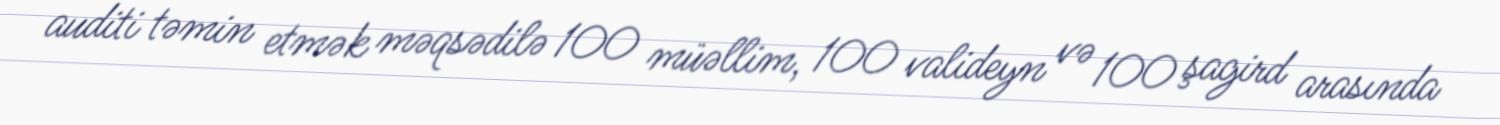
auditi təmin etmək məqsədilə 100 müəllim, 100 valideyn və 100 şagird arasında